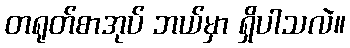
တရုတ်စာအုပ် ဘယ်မှာ ရှိပါသလဲ။